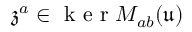
\mathfrak { z } ^ { a } \in \mathrm { ~ k ~ e ~ r ~ } M _ { a b } ( \mathfrak { u } )